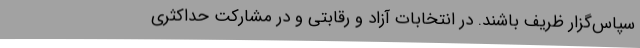
سپاس‌گزار ظریف باشند. در انتخابات آزاد و رقابتی و در مشارکت حداکثری